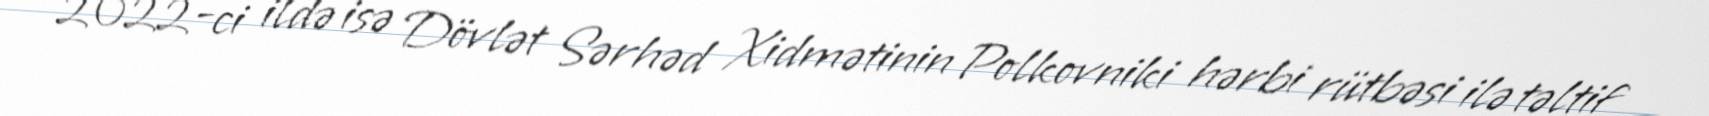
2022-ci ildə isə Dövlət Sərhəd Xidmətinin Polkovniki hərbi rütbəsi ilə təltif